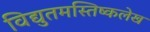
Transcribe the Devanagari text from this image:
विद्युतमस्तिष्कलेख